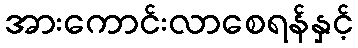
အားကောင်းလာစေရန်နှင့်